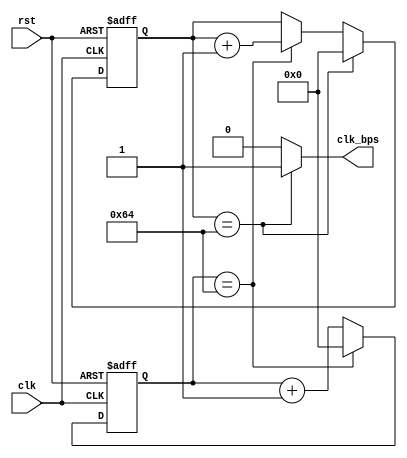
`timescale 1ps / 1ps

module Counter(
	input clk,
  	input rst,
  	output clk_bps
 );	
    parameter OVER = 14'd100;
    
 	 	reg [13:0]cnt_first,cnt_second;
 	 	always @( posedge clk or posedge rst )
 	 	 	if( rst )
 	 			cnt_first <= 14'd0;
 	 		else if( cnt_first == OVER )
 	 			cnt_first <= 14'd0;
 	 		else
 	 			cnt_first <= cnt_first + 1'b1;
 	 	always @( posedge clk or posedge rst )
 	 		if( rst )
 	 			cnt_second <= 14'd0;
 	 		else if( cnt_second == OVER )
 	 			cnt_second <= 14'd0;
 	 		else if( cnt_first == OVER )
 	 			cnt_second <= cnt_second + 1'b1;
 	 	assign clk_bps = cnt_second == OVER ? 1'b1 : 1'b0;
endmodule